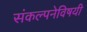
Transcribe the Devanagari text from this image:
संकल्पनेविषयी